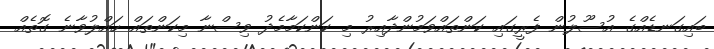
ބައިގަނޑެއްގެ އުސޫލުން ފެރީގައި ކަންތައްވަމުންދާއިރު މި ކަންކަމާމެދު ވިސްނާ މިކަންތައް ހައްލުވާނެ ގޮތެއް